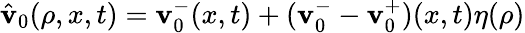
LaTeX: \hat{\mathbf{v}}_{0}(\rho,x,t)=\mathbf{v}_{0}^{-}(x,t)+(\mathbf{v}_{0}^{-}-\mathbf{v}_{0}^{+})(x,t)\eta(\rho)